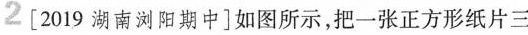
2[2019湖南浏阳期中]如图所示，把一张正方形纸片三